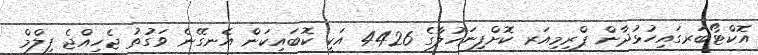
އޮކްޓޯބަރގައިހުޅުދާން ޕްރިމިއަރ ކޮށްފިނަހުލާގެ 4426 އަކީ ކޮބައިކަން އެނގޭނެ ވަގުތު ޖެހިއްޖެ ފިލްމް